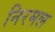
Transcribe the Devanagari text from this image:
निरमल